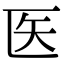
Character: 医